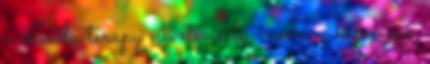
a Leela terapy nevet viseli, innen a kép címe.